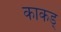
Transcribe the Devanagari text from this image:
काकड्